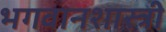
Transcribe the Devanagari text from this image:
भगवानशास्त्री